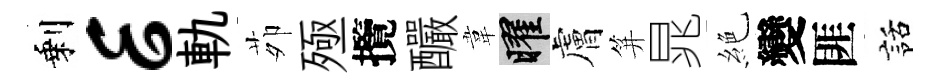
剩E軌茆殛攬釅韋曜膚笄晁絶變匪話